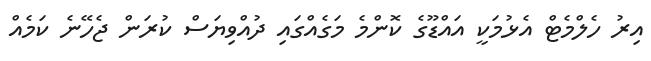
އިރު ހެލްމެޓް އެޅުމަކީ އައްޑޫގެ ކޮންމެ މަގެއްގައި ދުއްވިޔަސް ކުރަން ޖެހޭނެ ކަމެއް